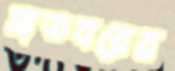
মাতবরের